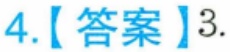
4.【答案】3.